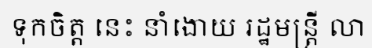
ទុកចិត្ត នេះ នាំងោយ រដ្ឋមន្ត្រី លា